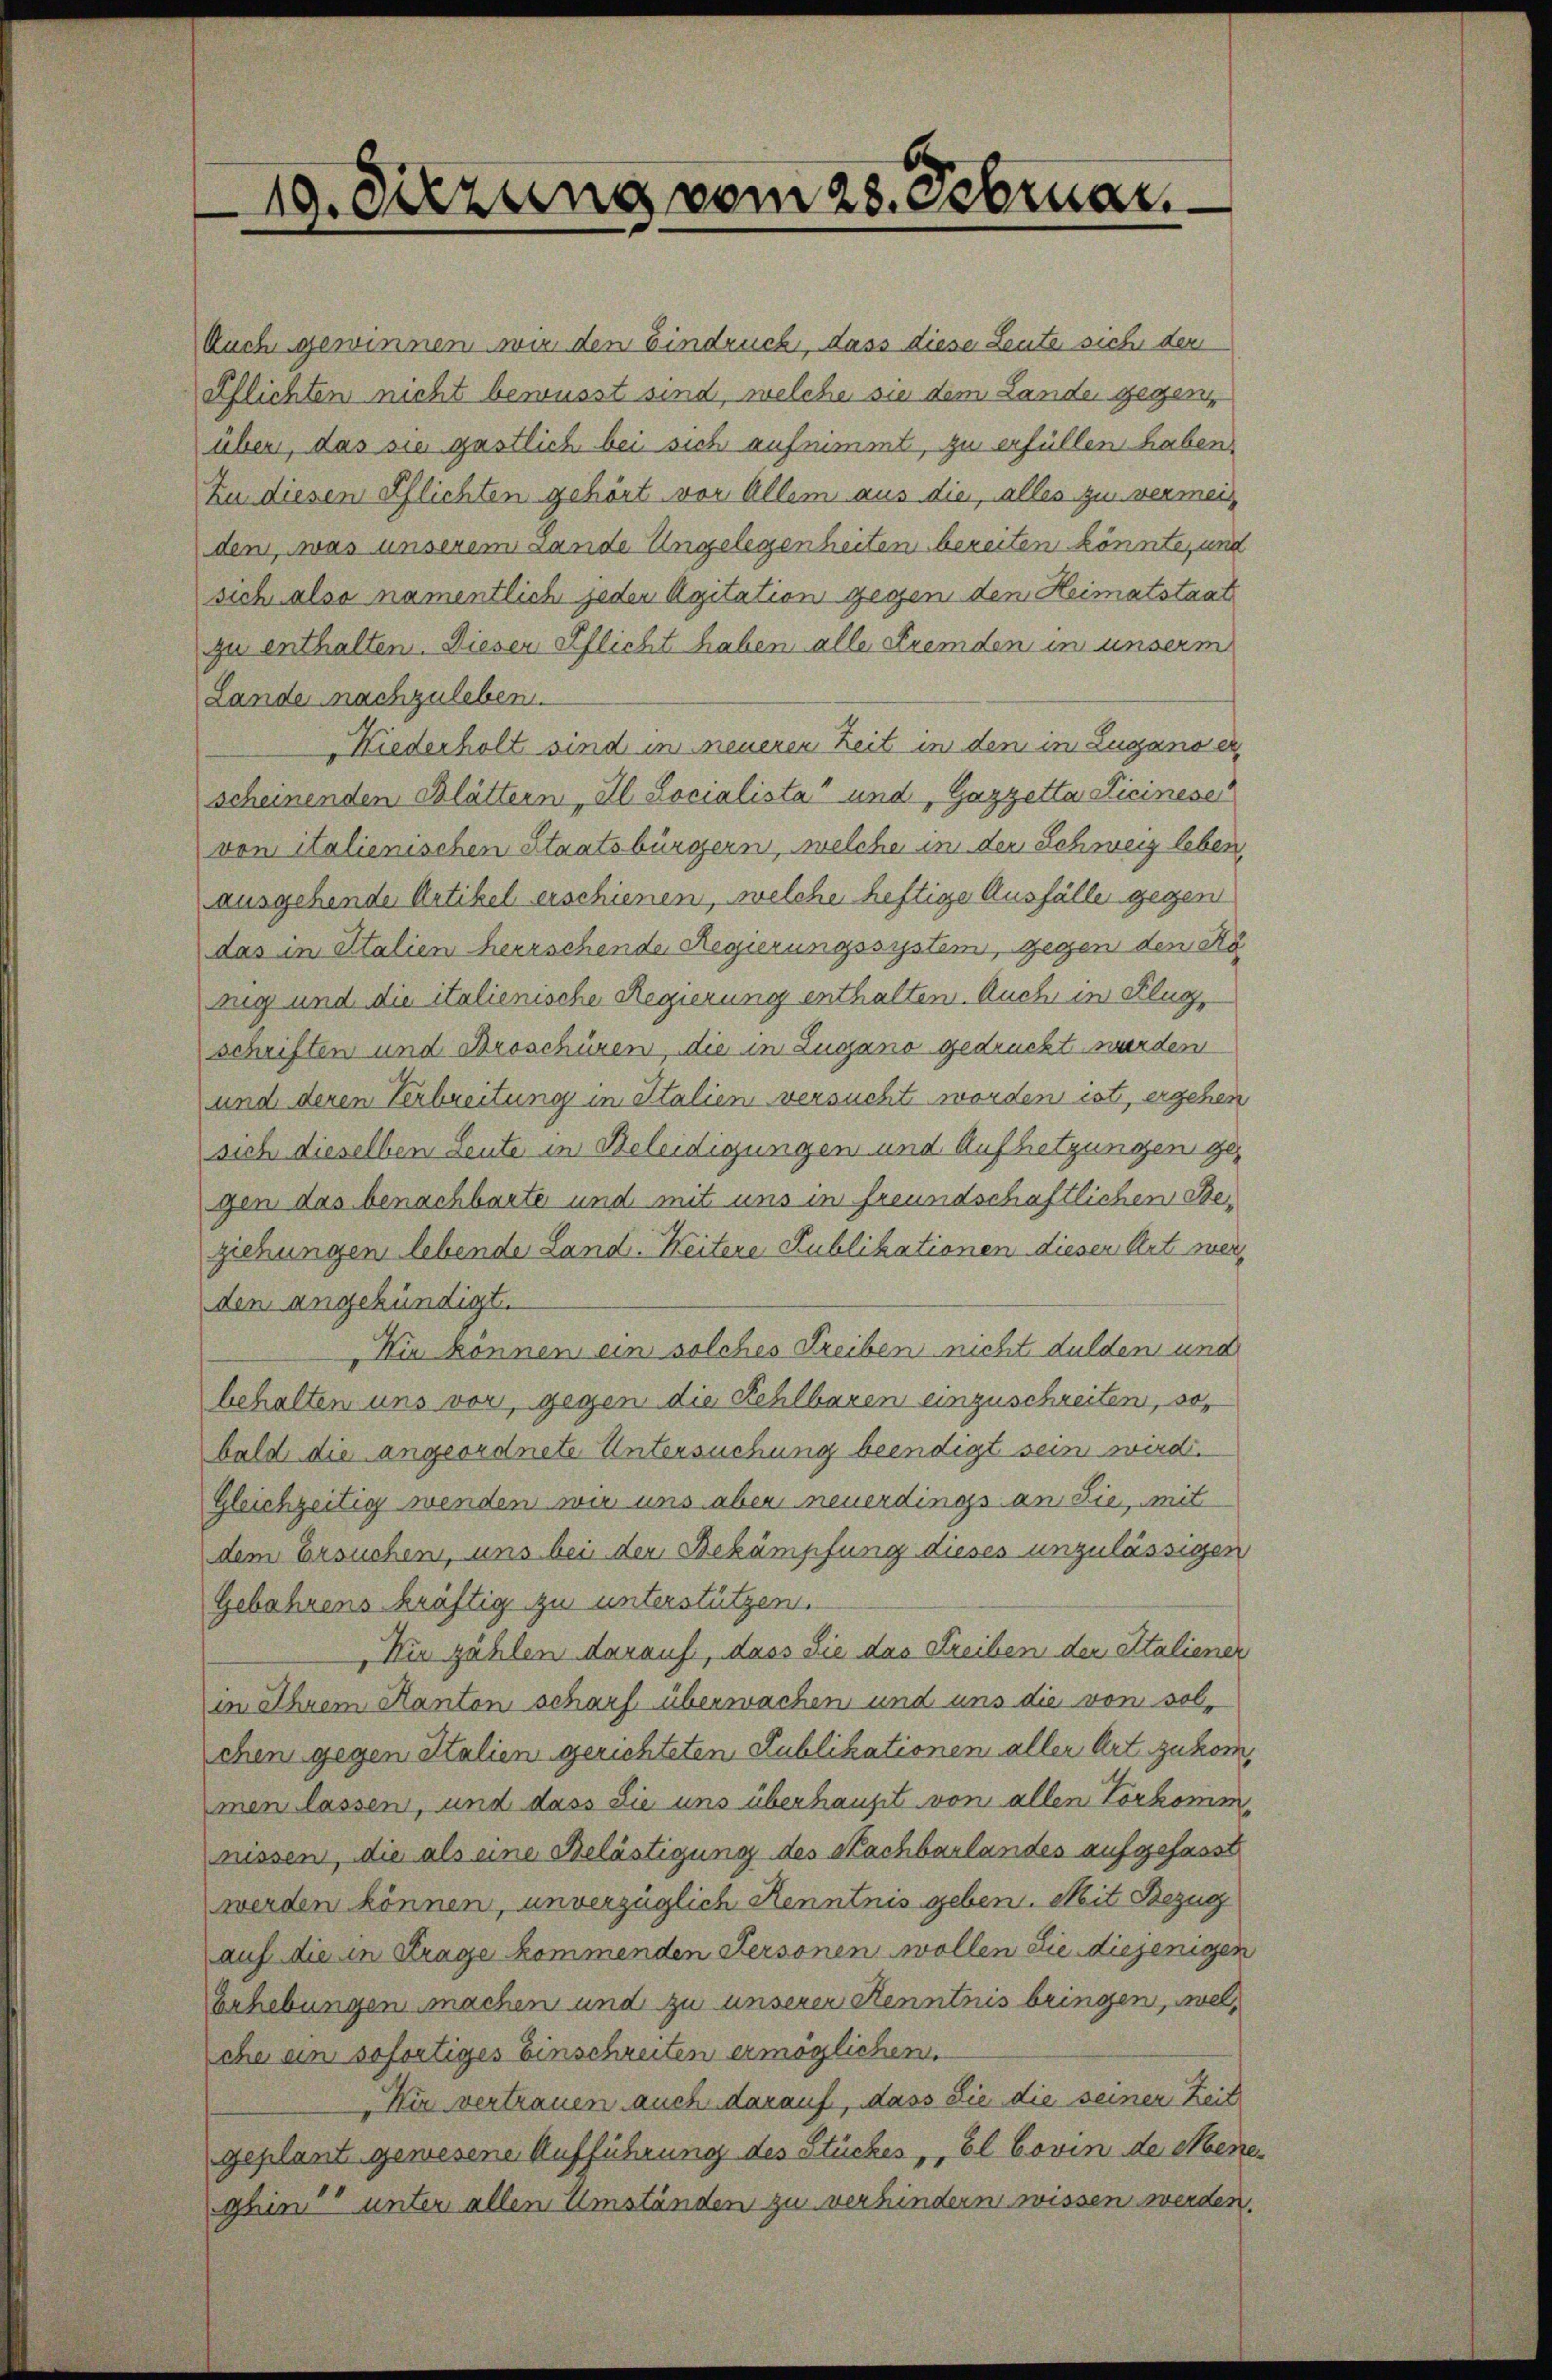
Auch gewinnen wir den Eindruck, dass diese Leute sich der
Pflichten nicht bewusst sind, welche sie dem Lande gegenüber, das sie gastlich bei sich aufnimmt, zu erfüllen haben,
zu diesem Pflichten gehört vor Allem aus die, alles zu vermeiden, was unserem Lande Ungelegenheiten bereiten könnte, und
sich also namentlich jeder Agitation gegen den Heimatstaat
zu enthalten. Dieser Pflicht haben alle Fremden in unserm
Lande nachzuleben.
Niederholt sind in neuerer Zeit in den in Luganoer
scheinenden Blättern, Al. Socialista“ und Gazzetta Ficinese
von italienischen Staatsbürgern, welche in der Schweiz leben,
ausgehende Artikel erschienen, welche heftige Ausfälle gegen
das in Italien herrschende Regierungssystem, gegen den Kö
nug und die italienische Regierung enthalten. Auch in Flugschriften und Droschüren, die in Lugano gedruckt wurden
und deren Verbreitung in Italien versucht worden ist, ergehen
sich dieselben Leute in Beleidigungen und Aufsetzungen ges
gen das benachbarte und mit uns in freundschaftlichen Beziehungen lebende Land. Weitere Publikationen diesen Art werden angekündigt.
Hie können ein solches Freiben nicht dulden und
behalten uns vor, gegen die Kehlbaren einzuschreiten, so
bald die angeordnete Untersuchung beendigt sein wird.
Gleichzeitig wenden wir uns aber neuerdings an Sie, mit
dem Ersuchen, uns bei der Bekämpfung dieses unzulässigen
Gebahrens kräftig zu unterstützen.
Nie zählen darauf, dass Sie das Streiben der Italiener
in Ihrem Kanton scharf überwachen und uns die von solschen gegen Italien gerichteten Publikationen aller Art zukommen lassen, und dass Sie uns überhaupt von allen Vorkomm
nissen, die als eine Belästigung des Nachbarlandes aufgefasst
werden können, unverzüglich Kenntnis geben. Mit Bezug
auf die in Frage kommenden Personen wollen die diejenigen
Erhebungen machen und zu unseren Kenntnis bringen, welche ein sofortiges Einschreiten ermöglichen
Hir vertrauen auch darauf, dass die die seiner Zeit
geplant gewesene Aufführung des Stückes ,,El bovin der Meneghin unter allen Umständen zu verhindern wissen werden.

19. Sitzung vom 28. Februar.